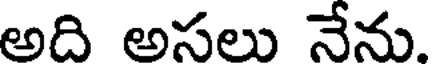
అది అసలు నేను.